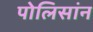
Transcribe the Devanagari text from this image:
पोलिसांन